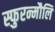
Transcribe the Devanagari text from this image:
स्फुरन्मौलि